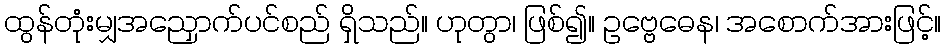
ထွန်တုံးမျှအညှောက်ပင်စည် ရှိသည်။ ဟုတွာ၊ ဖြစ်၍။ ဥဗ္ဗေဓေန၊ အစောက်အားဖြင့်။